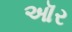
ઑર